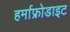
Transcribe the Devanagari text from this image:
हर्माफ्रोडाइट